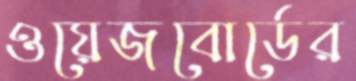
ওয়েজবোর্ডের